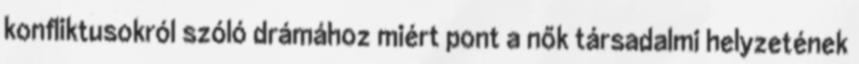
konfliktusokról szóló drámához miért pont a nők társadalmi helyzetének